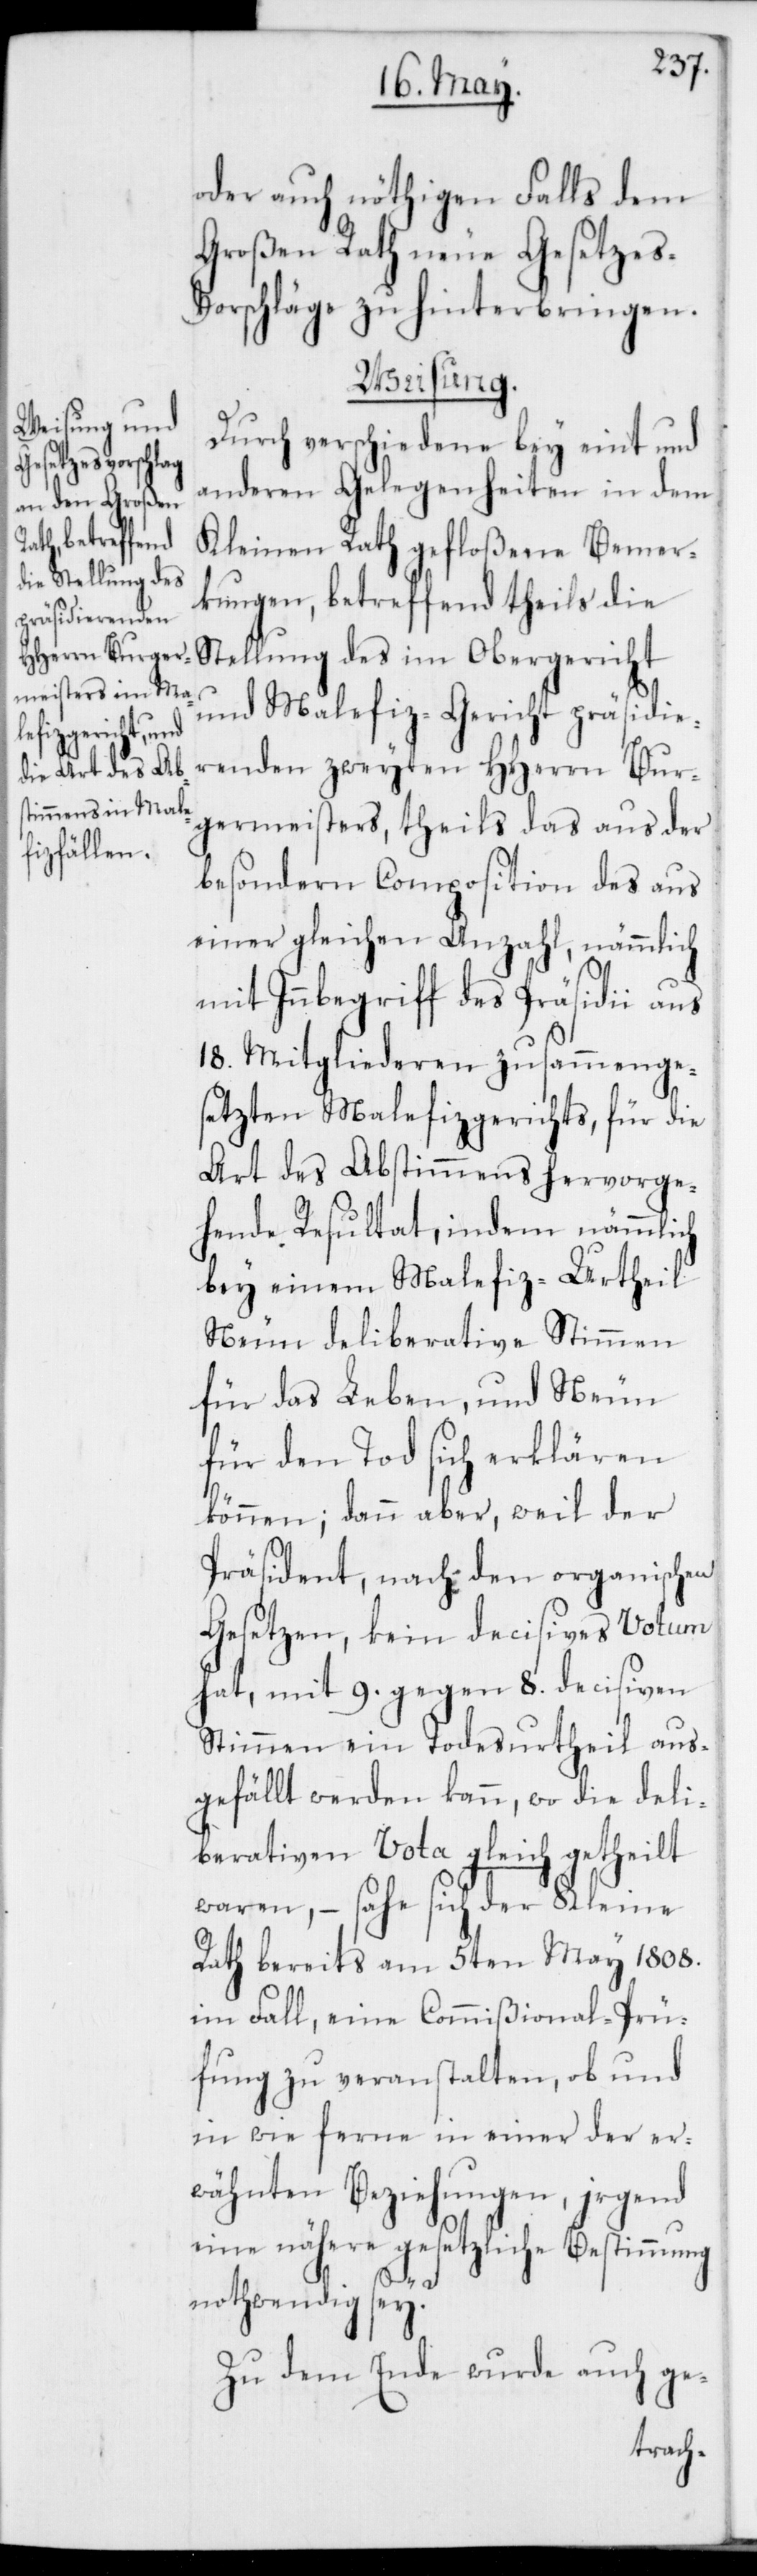
oder auch nöthigen Falls dem
Großen Rath neue Gesetzes-V¬
orschläge zu hinterbringen.
Weisung.
Durch verschiedene bey eint und
anderen Gelegenheiten in dem
Kleinen Rath gefloßene Bemer¬
kungen, betreffend theils die
Stellung des im Obergericht
und Malefiz-Gericht präsidie¬
renden zweyten HHerrn Bur¬
germeisters, theils das aus der
besondern Composition des aus
einer gleichen Anzahl, nämmlich
mit Innbegriff des Präsidii aus
18. Mitgliederen zusammenge¬
setzten Malefizgerichts, für die
Art des Abstimmens hervorge¬
hende Resultat, indem nämmlich
bey einem Malefiz-Urtheil
Neun deliberative Stimmen
für das Leben, und Neun
für der Tod sich erklären
können; dann aber, weil der
Präsident, nach den organischen
Gesetzen, kein decisives Votum
hat, mit 9. gegen 8. decisiven
Stimmen ein Todesurtheil aus¬
gefällt werden kann, wo die deli¬
berativen Vota gleich getheilt
waren, – sahe sich der Kleine
Rath bereits am 5ten May 1808.
im Fall, eine Commißional-Prü¬
fung zu veranstalten, ob und
in wie ferne in einer der er¬
wähnten Beziehungen, irgend
eine nähere gesetzliche Bestimmung
nothwendig sey.
Zu dem Ende wurde auch ge-